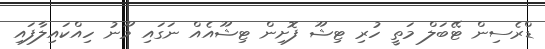
ޑްރެސިން ޓޭބަލް މަތީ ހުރި ޓިޝޫ ފޮށިން ޓިޝޫއެއް ނަގައި މޫނު ހިއްކައިލާފައި